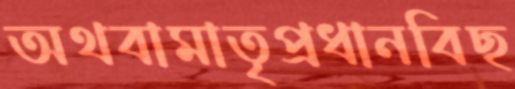
অথবামাতৃপ্রধানবিছ